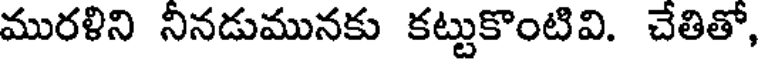
మురళిని నీనడుమునకు కట్టుకొంటివి. చేతితో,